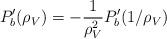
LaTeX: \begin{align*}P_b'(\rho_V) &= -\frac{1}{\rho_V^2} P_b'(1/\rho_V) \end{align*}